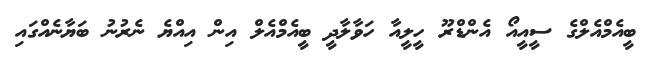
ބީއެމްއެލްގެ ސީއީއޯ އެންޑްރޫ ހީލީއާ ހަވާލާދީ ބީއެމްއެލް އިން އިއްޔެ ނެރުނު ބަޔާނެއްގައި